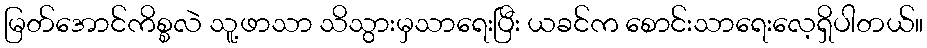
မြတ်အောင်ကိစ္စလဲ သူ့ဖာသာ သိသွားမှသာရေးပြီး ယခင်က စောင်းသာရေးလေ့ရှိပါတယ်။